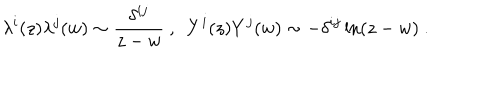
\lambda ^ { i } ( z ) \lambda ^ { j } ( w ) \sim \frac { \delta ^ { i j } } { z - w } ~ , ~ ~ Y ^ { i } ( z ) Y ^ { j } ( w ) \sim - \delta ^ { i j } \ln ( z - w ) ~ .